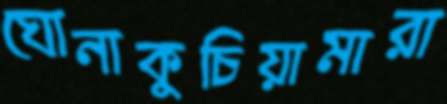
ঘোনাকুচিয়ামারা